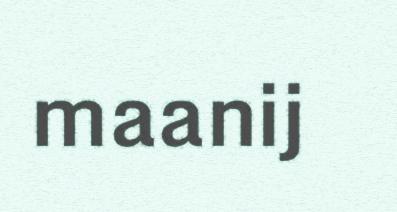
maanij